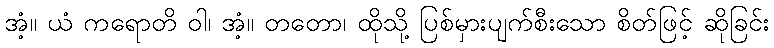
အံ့။ ယံ ကရောတိ ဝါ၊ အံ့။ တတော၊ ထိုသို့ ပြစ်မှားပျက်စီးသော စိတ်ဖြင့် ဆိုခြင်း